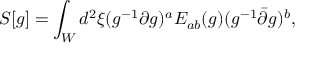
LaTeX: S [ g ] = \int _ { W } d ^ { 2 } \xi ( g ^ { - 1 } \partial g ) ^ { a } E _ { a b } ( g ) ( g ^ { - 1 } \bar { \partial } g ) ^ { b } ,